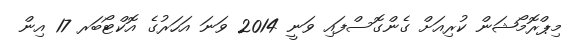
މިޕްރޮމޯޝަން ކުރިއަށް ގެންގޮސްފައި ވަނީ 2014 ވަނަ އަހަރުގެ އޮކްޓޯބަރ 17 އިން